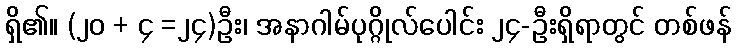
ရှိ၏။ (၂၀ + ၄ =၂၄)ဦး၊ အနာဂါမ်ပုဂ္ဂိုလ်ပေါင်း ၂၄-ဦးရှိရာတွင် တစ်ဖန်